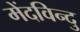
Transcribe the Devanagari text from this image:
मेंदविन्दु